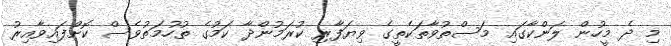
މި ދެ މީހުން ލަންކާގައި މަސްތުވާތަކެތީގެ ވިޔަފާރި ކުރަމުންދާ ކަމުގެ ތުހުމަތުވެސް ކޮށްފައިވާއިރު